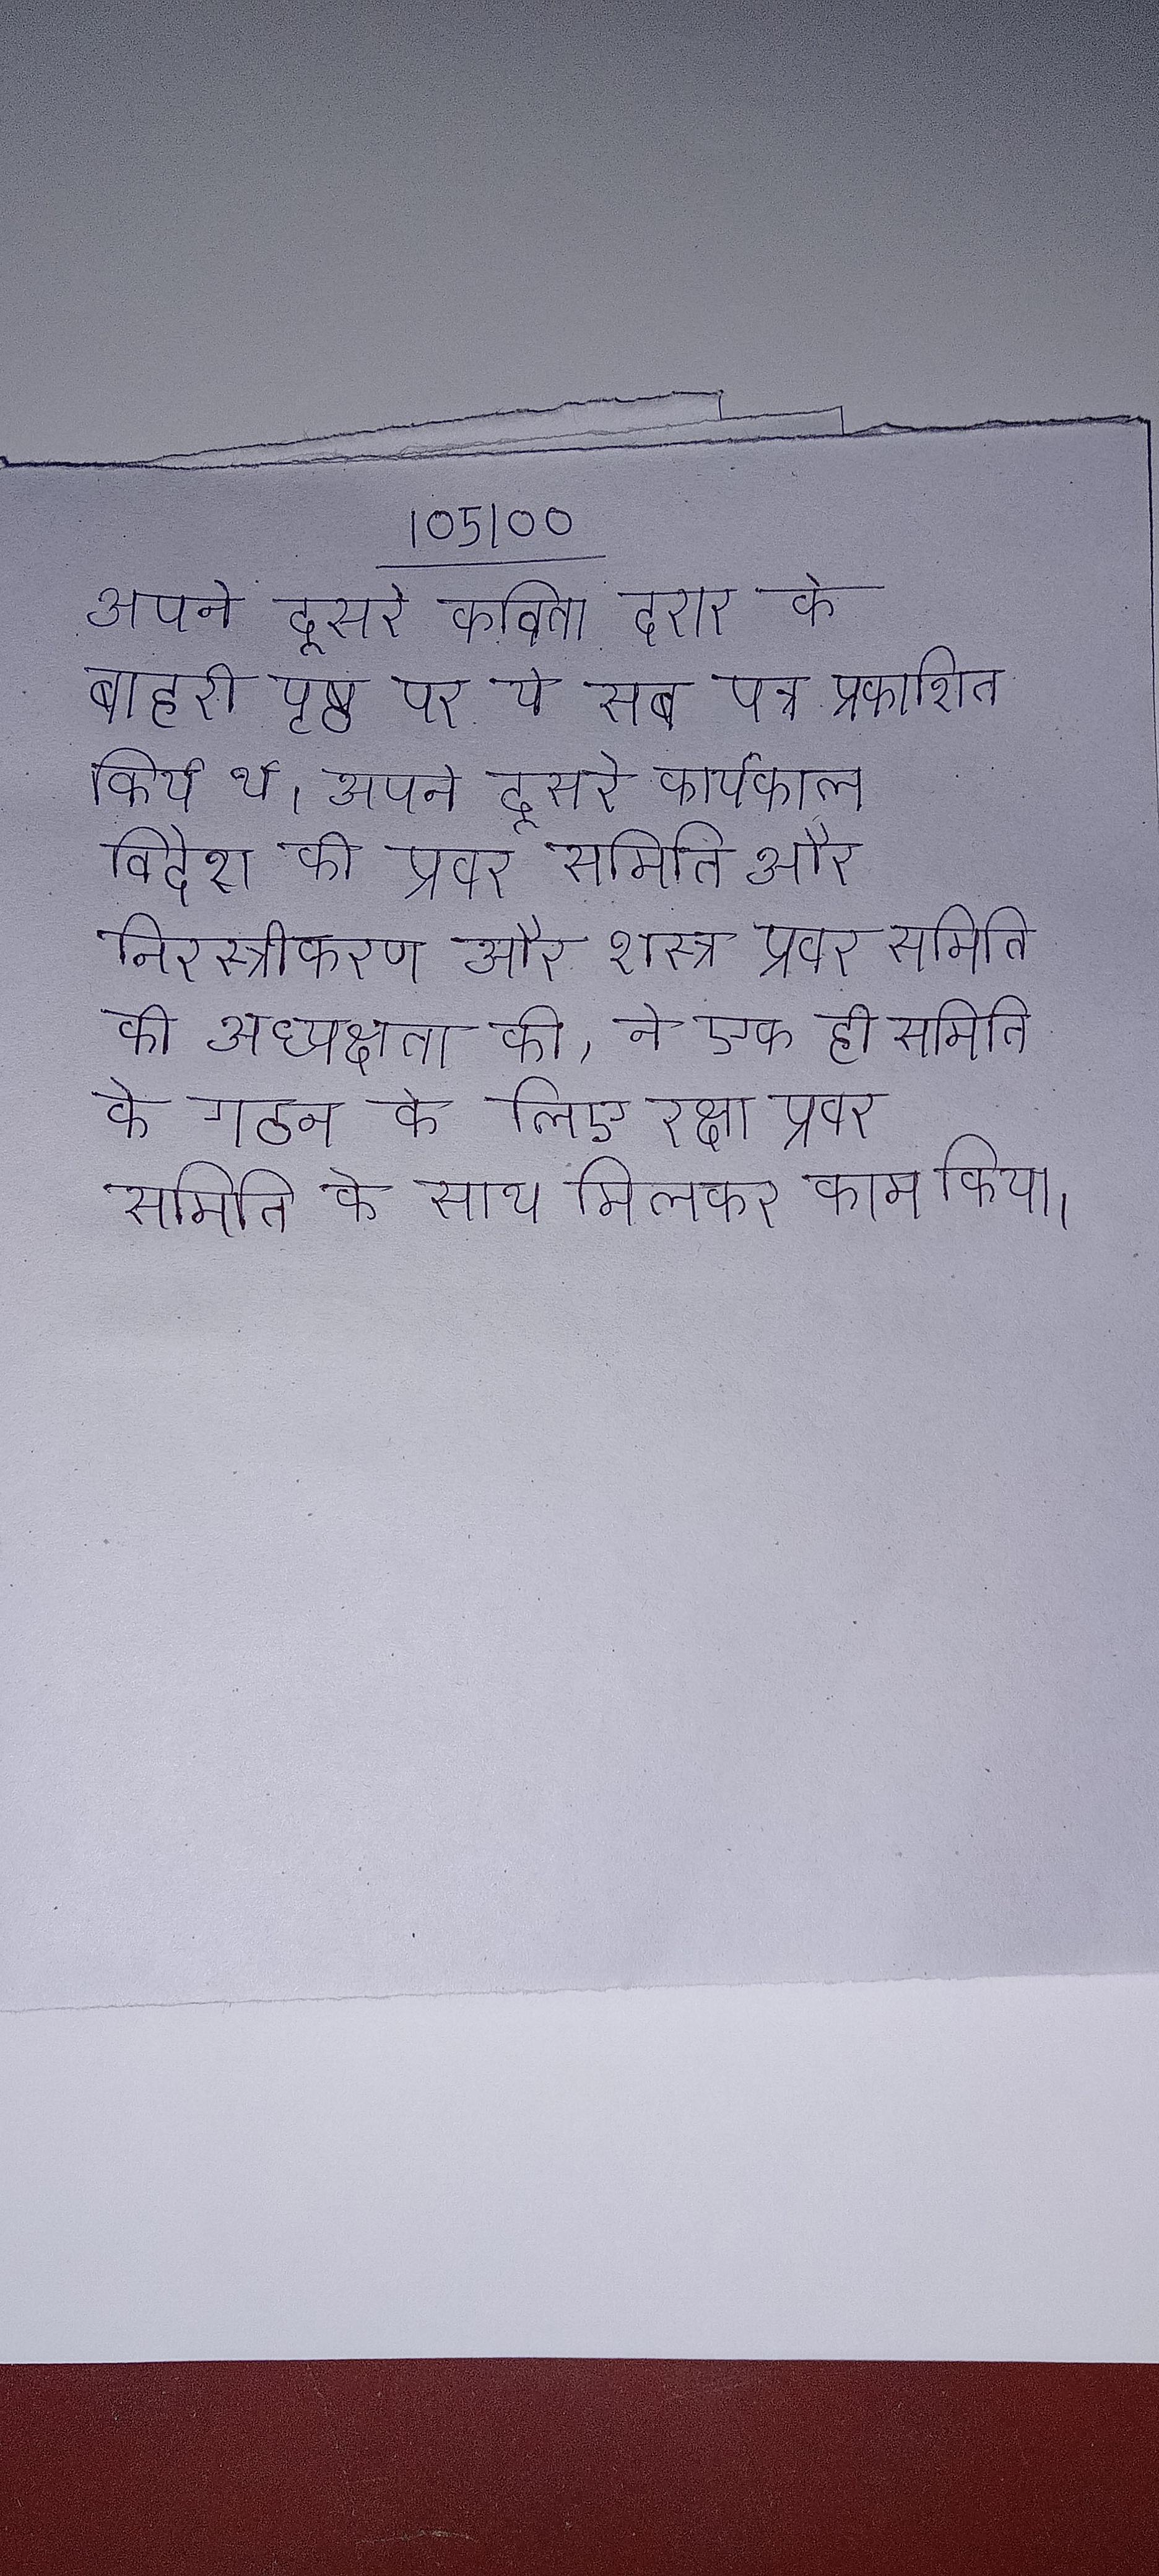
अपने दूसरे कविता दरार के बाहरी पृष्ठ पर ये सब पत्र प्रकाशित किये थे । अपने दूसरे कार्यकाल विदेश की प्रवर समिति और निरस्त्रीकरण और शस्त्र प्रवर समिति की अध्यक्षता की, ने एक ही समिति के गठन के लिए रक्षा प्रवर समिति के साथ मिलकर काम किया ।